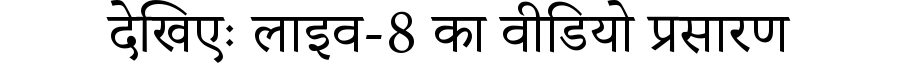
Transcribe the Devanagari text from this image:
देखिएः लाइव-8 का वीडियो प्रसारण